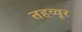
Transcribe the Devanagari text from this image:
तहव्वूर